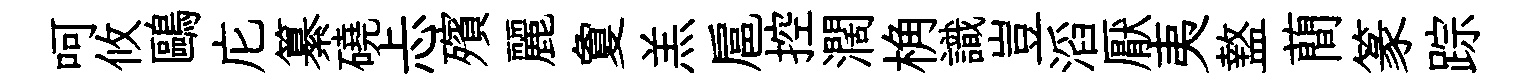
呵攸鷗庀纂磽忐殯麗夐羔扈控濶桷識豈滔厭夷盩蕳篆踪